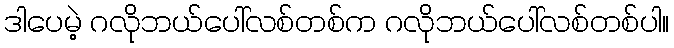
ဒါပေမဲ့ ဂလိုဘယ်ပေါ်လစ်တစ်က ဂလိုဘယ်ပေါ်လစ်တစ်ပါ။